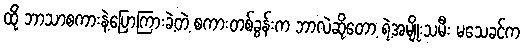
ထို ဘာသာစကားနဲ့ပြောကြားခဲ့တဲ့ စကားတစ်ခွန်းက ဘာလဲဆိုတော့ ရဲ့အမျိုးသမီး မသေခင်က